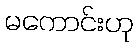
မကောင်းဟု